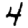
Digit: 4